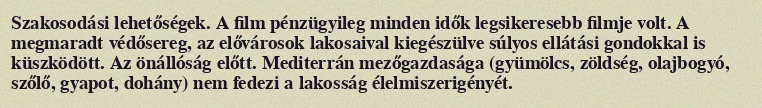
Szakosodási lehetőségek. A film pénzügyileg minden idők legsikeresebb filmje volt. A megmaradt védősereg, az elővárosok lakosaival kiegészülve súlyos ellátási gondokkal is küszködött. Az önállóság előtt. Mediterrán mezőgazdasága (gyümölcs, zöldség, olajbogyó, szőlő, gyapot, dohány) nem fedezi a lakosság élelmiszerigényét.